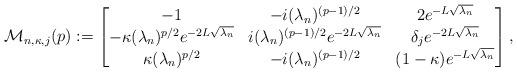
LaTeX: \begin{align*}\mathcal M_{n,\kappa,j}(p) := \begin{bmatrix}-1 & -i (\lambda_n)^{(p-1)/2} & 2 e^{-L \sqrt{\lambda_n}}\\ - \kappa (\lambda_n)^{p/2} e^{-2 L \sqrt{\lambda_n}} & i (\lambda_n)^{(p-1)/2} e^{-2 L \sqrt{\lambda_n}} & \delta_j e^{-2 L \sqrt{\lambda_n}} \\\kappa (\lambda_n)^{p/2} & -i (\lambda_n)^{(p-1)/2} & (1-\kappa) e^{-L \sqrt{\lambda_n}} \end{bmatrix},\end{align*}